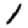
Digit: 1